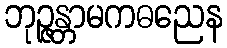
ဘုဉ္ဇန္တာမကဓညေန